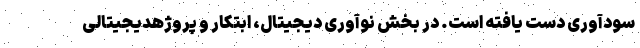
سودآوری دست یافته است. در بخش نوآوری دیجیتال، ابتکار و پروژهدیجیتالی